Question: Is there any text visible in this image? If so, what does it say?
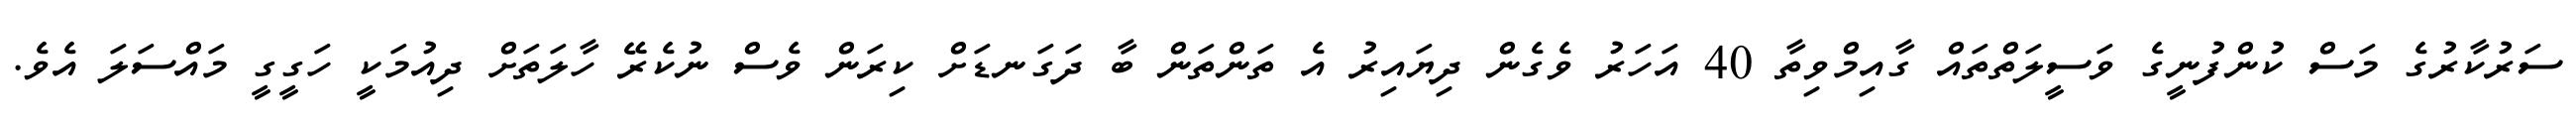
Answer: ސަރުކާރުގެ މަސް ކުންފުނީގެ ވަސީލަތްތައް ގާއިމްވިތާ 40 އަހަރު ވެގެން ދިޔައިރު އެ ތަންތަން ބާ ދަގަނޑަށް ކިރަން ވެސް ނުކެރޭ ހާލަތަށް ދިއުމަކީ ހަގީގީ މައްސަލަ އެވެ.